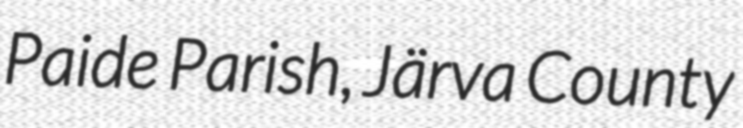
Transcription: Paide Parish, Järva County